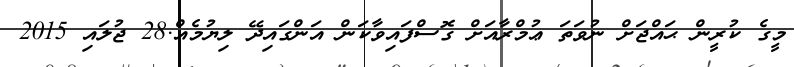
މީގެ ކުރީން ޙައްޖަށް ނުވަތަ ޢުމްރާއަށް ގޮސްފައިވާކަން އަންގައިދޭ ލިޔުމެއް.28 ޖުލައި 2015